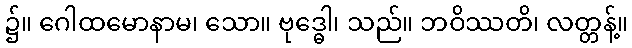
၌။ ဂေါထမောနာမ၊ သော။ ဗုဒ္ဓေါ၊ သည်။ ဘဝိဿတိ၊ လတ္တန့်။